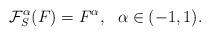
LaTeX: \begin{align*} \mathcal{F}^{\alpha}_{S}(F)=F^{\alpha},~ ~ \alpha \in (-1,1).\end{align*}